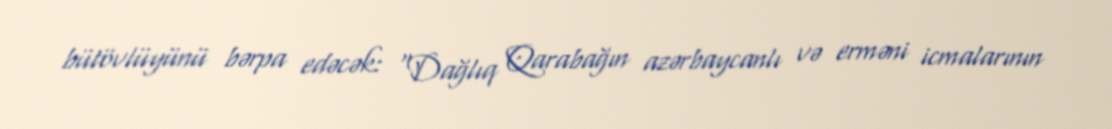
bütövlüyünü bərpa edəcək: “Dağlıq Qarabağın azərbaycanlı və erməni icmalarının